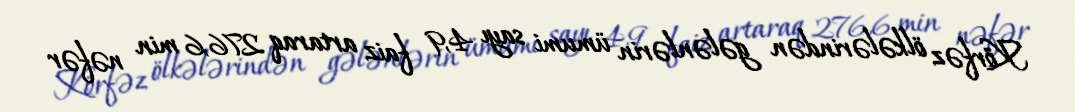
Körfəz ölkələrindən gələnlərin ümumi sayı 4,9 faiz artaraq 276,6 min nəfər